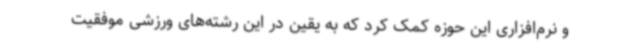
و نرم‌افزاری این حوزه کمک کرد که به یقین در این رشته‌های ورزشی موفقیت